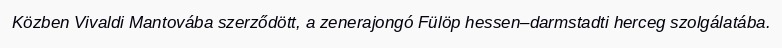
Közben Vivaldi Mantovába szerződött, a zenerajongó Fülöp hessen–darmstadti herceg szolgálatába.